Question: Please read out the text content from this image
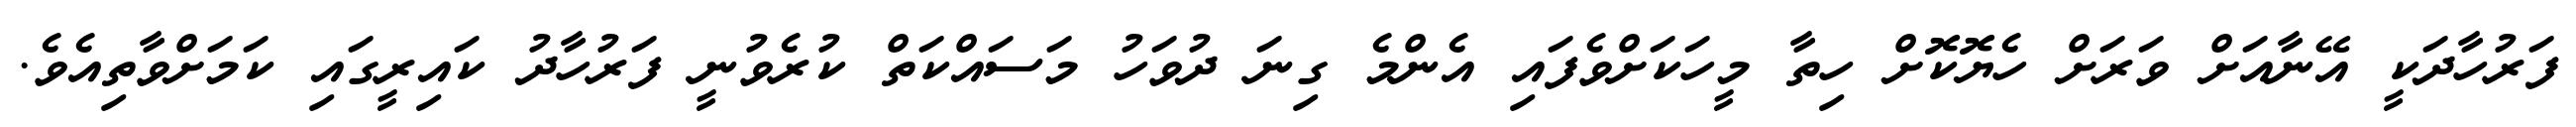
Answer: ފަރުހާދަކީ އޭނާއަށް ވަރަށް ހެޔޮކޮށް ހިތާ މީހަކަށްވެފައި އެންމެ ގިނަ ދުވަހު މަސައްކަތް ކުރެވުނީ ފަރުހާދު ކައިރީގައި ކަމަށްވާތިއެވެ.